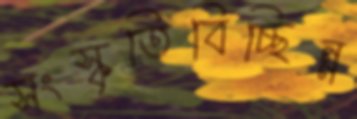
সংস্কৃতিবিচ্ছিন্ন